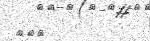
١٩٩